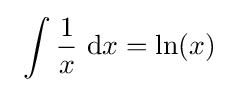
\ \int {\frac {1}{x}}\ \mathrm {d} x=\ln(x)\